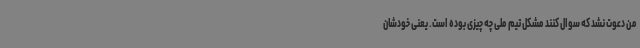
من دعوت نشد که سوال کنند مشکل تیم ملی چه چیزی بوده است. یعنی خودشان